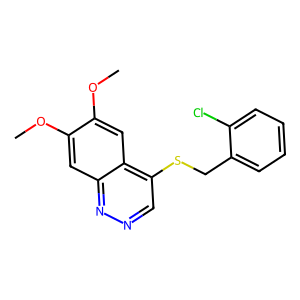
SMILES: COc1cc2nncc(SCc3ccccc3Cl)c2cc1OC
Inhibits HIV replication: No